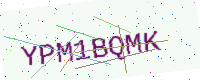
Text: YPM1BQMK